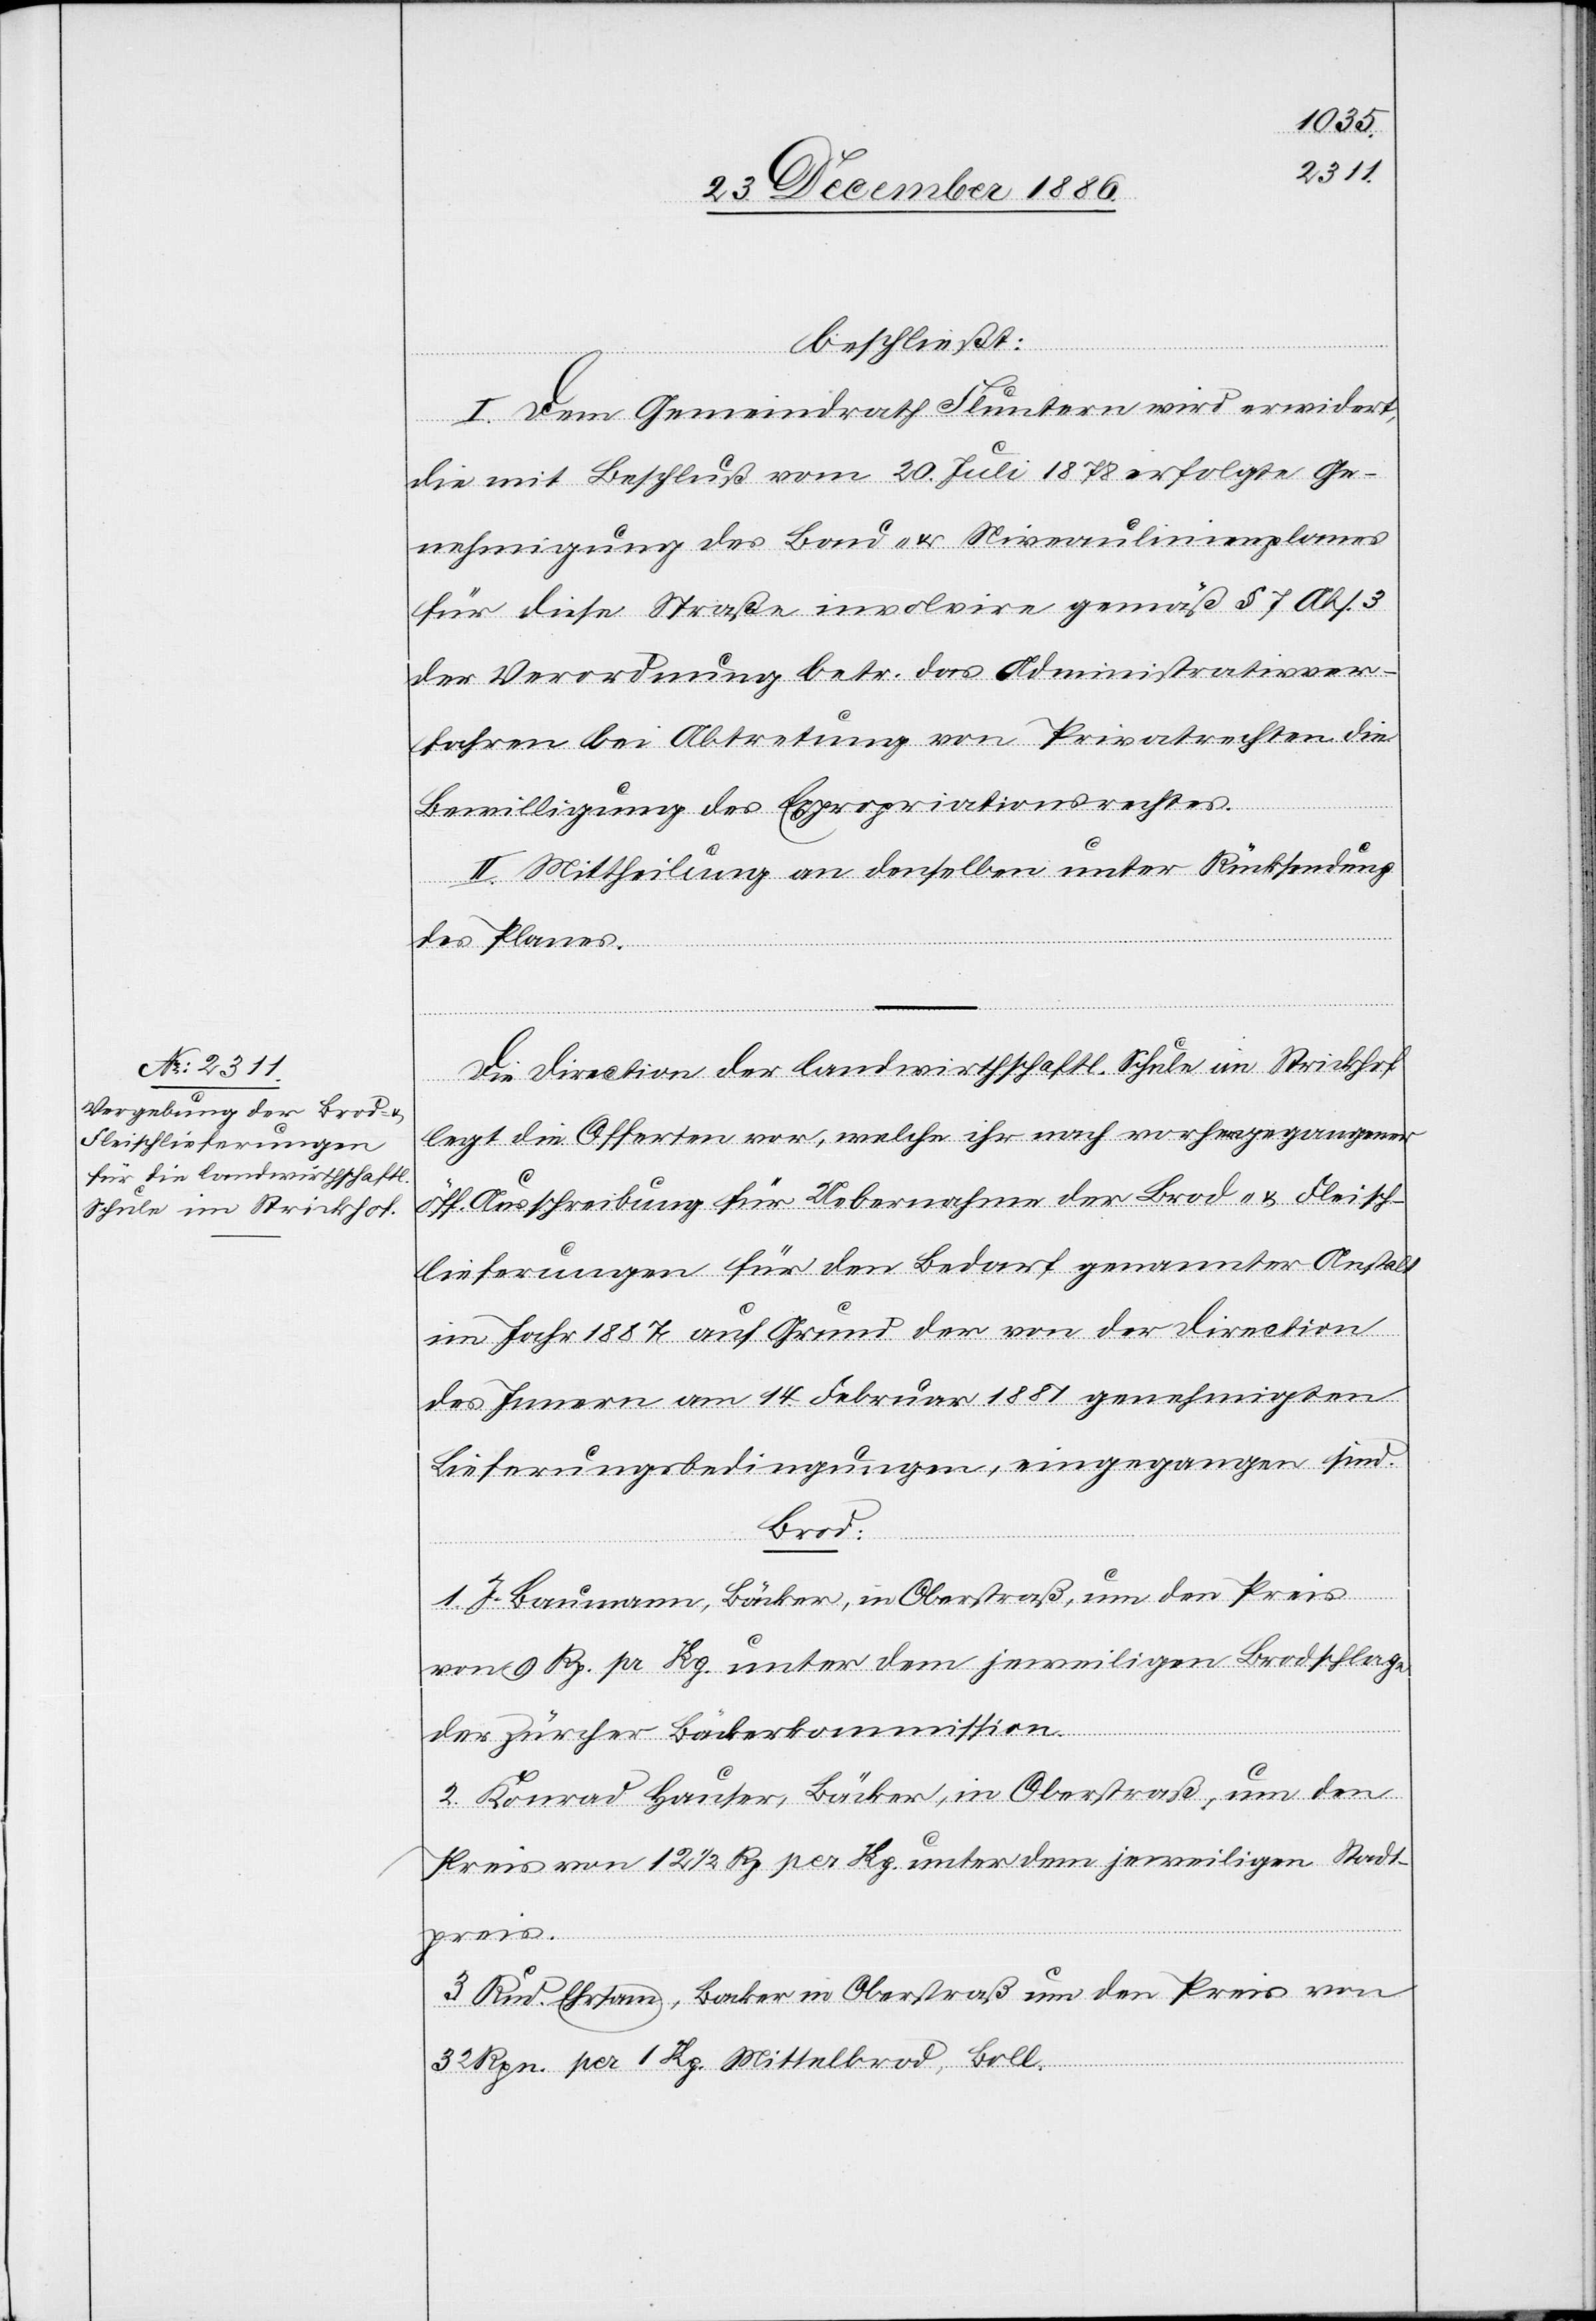
beschließt:
I. Dem Gemeindrath Fluntern wird erwidert,
die mit Beschluß vom 20. Juli 1878 erfolgte Ge¬
nehmigung des Bau- & Niveaulinienplanes
für diese Straße involvire gemäß § 7 Abs. 3
der Verordnung betr. das Administrativver¬
fahren bei Abtretung von Privatrechten die
Bewilligung des Expropriationsrechtes.
II. Mittheilung an denselben unter Rücksendung
des Planes.
Die Direction der landwirthschaftl. Schule im Strickhof
legt die Offerten vor, welche ihr nach vorhergegangener
öff. Ausschreibung für Uebernahme der Brod- & Fleisch¬
lieferungen für den Bedarf genannter Anstalt
im Jahr 1887 auf Grund der von der Direction
des Innern am 14. Februar 1881 genehmigten
Lieferungsbedingungen, eingegangen sind.
Brod:
1. J. Baumann, Bäcker, in Oberstraß, um den Preis
von 9 Rp. pr. Kg. unter dem jeweiligen Brodschlage
der Zürcher Bäckerkommission.
2. Konrad Hauser, Bäcker, in Oberstraß, um den
Preis von 12 1/2 Rp. per Kg. unter dem jeweiligen Stadt¬
preis.
3. Rud. Ehrsam, Backer [sic!] in Oberstraß um den Preis von
32 Rpn. per 1 Kg. Mittelbrod, Boll.